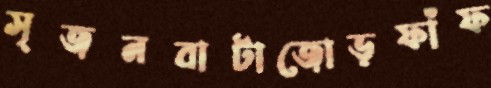
সৃজনবাটাজোড়ফাঁফ